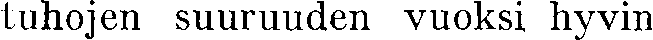
tuhojen suuruuden vuoksi hyvin